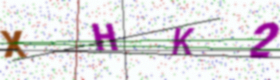
Text: XHK2